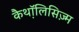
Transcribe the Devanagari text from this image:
कैथ़ॉलिसिज़्म